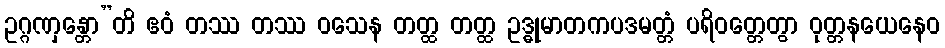
ဥဂ္ဂဏှန္တော”တိ ဧဝံ တဿ တဿ ဝသေန တတ္ထ တတ္ထ ဥဒ္ဓုမာတကပဒမတ္တံ ပရိဝတ္တေတွာ ဝုတ္တနယေနေဝ